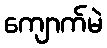
ကျောက်မဲ